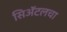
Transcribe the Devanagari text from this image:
सिॲटलचा